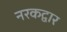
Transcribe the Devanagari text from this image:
नरकद्वार